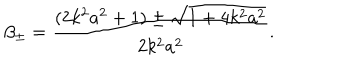
\beta _ { \pm } = \frac { ( 2 k ^ { 2 } a ^ { 2 } + 1 ) \pm \sqrt { 1 + 4 k ^ { 2 } a ^ { 2 } } } { 2 k ^ { 2 } a ^ { 2 } } .